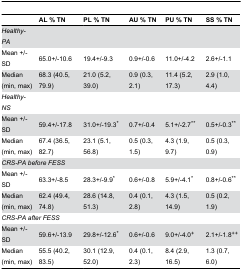
|  | AL % TN | PL % TN | AU % TN | PU % TN | SS % TN |
 | --- | --- | --- | --- | --- | --- |
 | Healthy-PA |  |  |  |  |  |
 | Mean +/- SD | 65.0+/-10.6 | 19.4+/-9.3 | 0.9+/-0.6 | 11.0+/-4.2 | 2.6+/-1.1 |
 | Median (min, max) | 68.3 (40.5, 79.9) | 21.0 (5.2, 39.0) | 0.9 (0.3, 2.1) | 11.4 (5.2, 17.3) | 2.9 (1.0, 4.4) |
 | Healthy-NS |  |  |  |  |  |
 | Mean +/- SD | 59.4+/-17.8 | 31.0+/-19.3* | 0.7+/-0.4 | 5.1+/-2.7** | 0.5+/-0.3** |
 | Median (min, max) | 67.4 (36.5, 82.7) | 23.1 (5.1, 56.8) | 0.5 (0.3, 1.5) | 4.3 (1.9, 9.7) | 0.5 (0.3, 0.9) |
 | <COLSPAN=2> CRS-PA before FESS |  |  |  |  |
 | Mean +/- SD | 63.3+/-8.5 | 28.3+/-9.9* | 0.6+/-0.8 | 5.9+/-4.1* | 0.8+/-0.6** |
 | Median (min, max) | 62.4 (49.4, 74.8) | 28.6 (14.8, 51.3) | 0.4 (0.1, 2.8) | 4.3 (1.5, 14.9) | 0.5 (0.2, 1.9) |
 | <COLSPAN=2> CRS-PA after FESS |  |  |  |  |
 | Mean +/- SD | 59.6+/-13.9 | 29.8+/-12.6* | 0.6+/-0.6 | 9.0+/-4.0+ | 2.1+/-1.8++ |
 | Median (min, max) | 55.5 (40.2, 83.5) | 30.1 (12.9, 52.0) | 0.4 (0.1, 2.3) | 8.4 (2.9, 16.5) | 1.3 (0.7, 6.0) |